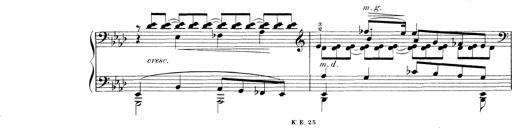
Title: 3 Ã‰tudes de concert
Composer: Franz Liszt